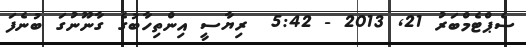
ސެޕްޓެމްބަރު 21